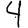
Digit: 4